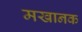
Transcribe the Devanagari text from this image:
मखानक